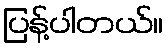
ပြန့်ပါတယ်။